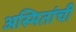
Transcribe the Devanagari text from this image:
अस्मितांची